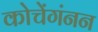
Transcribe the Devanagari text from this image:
कोचेंगंनन